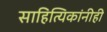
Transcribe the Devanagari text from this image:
साहित्यिकांनीही